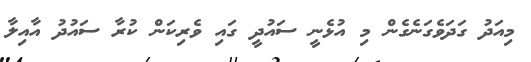
މިއަދު ގަދަވެގަނެގެން މި އުޅެނީ ސައުދީ ގައި ވެރިކަން ކުރާ ސައުދު އާއިލާ